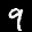
Label: 9